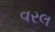
વરલ